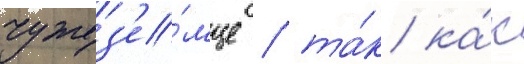
чужез'е́мце / та́к ка́к